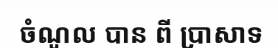
ចំណូល បាន ពី ប្រាសាទ